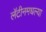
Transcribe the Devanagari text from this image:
लॅटीनमधल्या